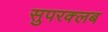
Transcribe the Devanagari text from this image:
सुपरक्लब